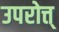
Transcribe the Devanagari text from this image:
उपरोत्त्